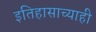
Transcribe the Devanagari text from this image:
इतिहासाच्याही